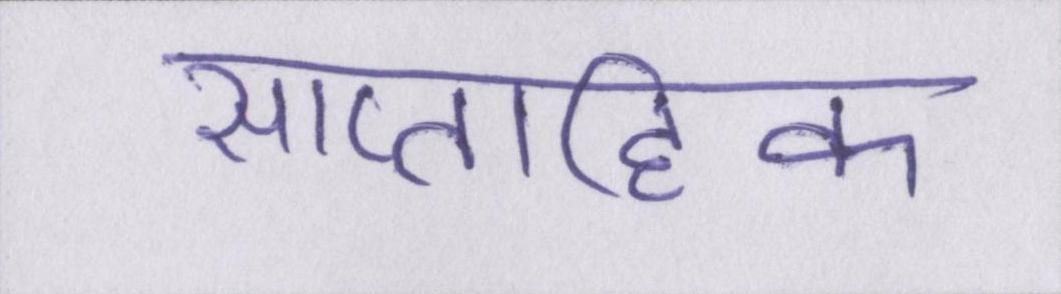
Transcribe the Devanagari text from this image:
साप्ताहिक